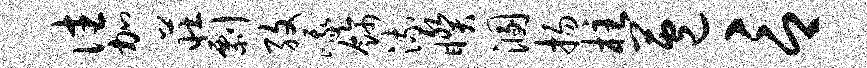
往加庄剽孜峨饰流睽溷扬柱苞言